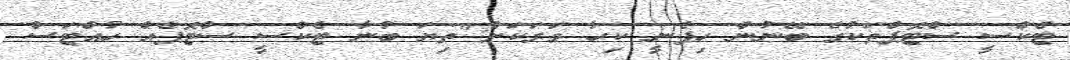
ޓެކްސީ ސްޓޮޕްތަކުގެ ބޭނުން ހިފެނީ ކިހާ ވަރަކަށް:"ތިޔަ ބުނާ ޓެކްސީ ސްޓޮޕެއް ހުއްޓަސް